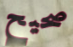
صحيح